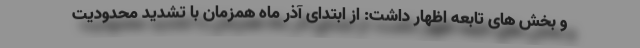
و بخش های تابعه اظهار داشت: از ابتدای آذر ماه همزمان با تشدید محدودیت